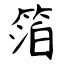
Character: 箔